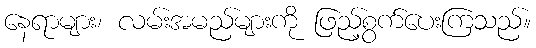
နေရာများ၊ လမ်းအမည်များကို ဖြည့်စွက်ပေးကြသည်။